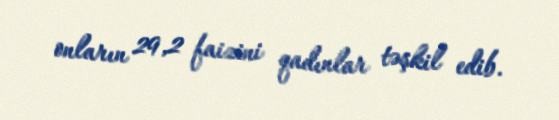
onların 29,2 faizini qadınlar təşkil edib.